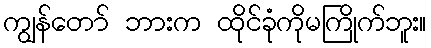
ကျွန်တော် ဘားက ထိုင်ခုံကိုမကြိုက်ဘူး။